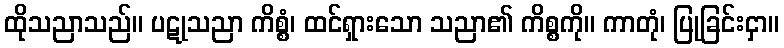
ထိုသညာသည်။ ပဋုသညာ ကိစ္စံ၊ ထင်ရှားသော သညာ၏ ကိစ္စကို။ ကာတုံ၊ ပြုခြင်းငှာ။